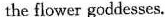
the flower goddesses.